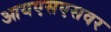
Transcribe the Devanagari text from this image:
आयएसएसवर